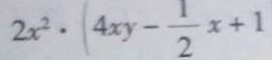
2 x ^ { 2 } \cdot ( 4 x y - \frac { 1 } { 2 } x + 1